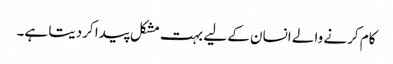
کام کرنے والے انسان کے لیے بہت مشکل پیدا کردیتا ہے۔